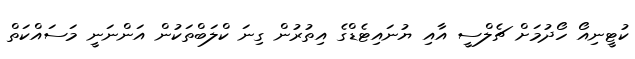
ކުޓީނިއޯ ހޯދުމަށް ޗެލްސީ އާއި ޔުނައިޓެޑްގެ އިތުރުން ގިނަ ކްލަބްތަކުން އަންނަނީ މަސައްކަތް